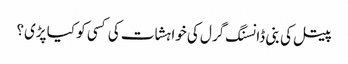
پیتل کی بنی ڈانسنگ گرل کی خواہشات کی کسی کو کیا پڑی؟